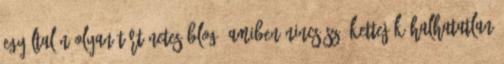
egyáltalán olyan történetes blog, amiben nincs szó kettejük halhatatlan